Annual administration report of the Civil Veterinary Department of India - 1892-1893
Year: 1892
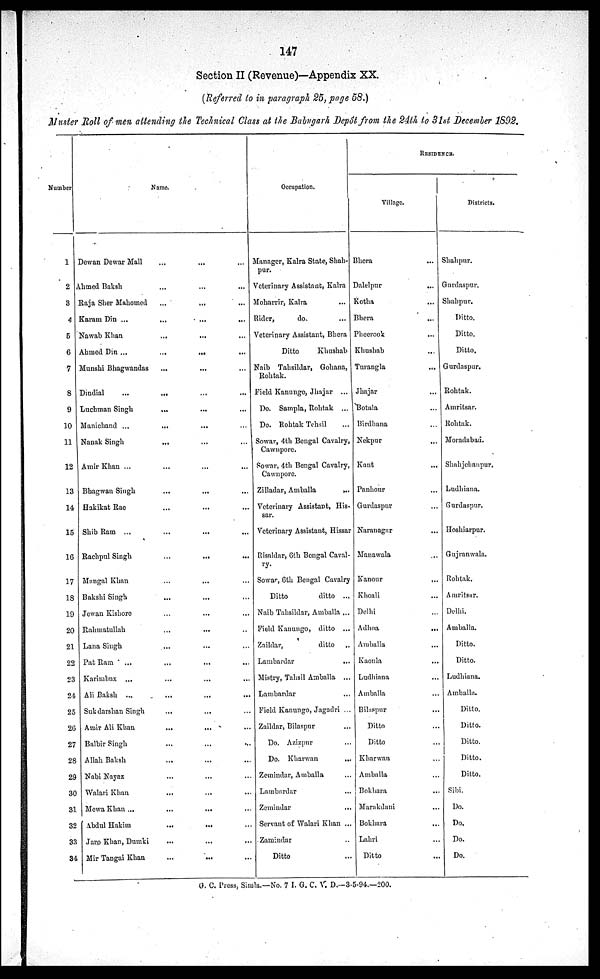
147
Section II (Revenue)—Appendix XX.
(Referred to in paragraph 25, page 58.)
Muster Roll of men attending the Technical Class at the Babugarh Depôt from the 24th to 31st December 1892.
Number
1
2
3
4
5
6
7
8
9
10
11
12
13
14
15
16
17
18
19
20
21
22
23
24
25
26
27
28
29
30
31
32
33
34
Name.
Dewan Dowar Mall … … …
Ahmed Baksh … … …
Raja Slier Mahomed … … …
Karam Din … … … ...
Nawab Khan … … …
Ahmed Din ...
...
...
Munshi Bhagwandas … … …
Dindial
...
... ... ...
Luchman Singh … … …
Manichand ... … … …
Nanak Singh … … …
Amir Khan ... … … …
Bhagwan Singh … … …
Hakikat Rae
...
... ...
Shib Ram ... … … …
Rachpul Singh
...
... ...
Mangal Khan … … …
Bakshi Singh … … …
Jewan Kishore … … …
Rahmatullah … … …
Lana Singh … … …
Pat Ram
...
...
... ...
Karimbux ... … … …
Ali Baksh ... … … …
Sukdarshan Singh … … …
Amir Ali Khan … … …
Balbir Singh … … …
Allah Baksh … … …
Nabi Nayaz … … …
Walari Khan … … …
Mewa Khan . … … …
Abdul Hakim … … …
Jaro Khan, Dumki … … …
Mir Tangai Khan … … …
Occupation.
Manager, Kalra State, Shah-
pur.
Veterinary Assistant, Kalra
Moharrir, Kalra ...
Rider,
do. ...
Veterinary Assistant, Bhera
Ditto
Khushab
Naib Tahsildar, Gohana,
Rohtak.
Field Kanungo, Jhajar
...
Do. Sampla, Rohtak ...
Do. Rohtak Tehsil ...
Sowar, 4th Bengal Cavalry,
Cawnpore.
Sowar, 4th Bengal Cavalry,
Cawnpore
Zilladar, Amballa
...
Veterinary Assistant, His-
sar.
Veterinary Assistant, Hissar
Risaldar, 6th Bengal Caval-
ry.
Sowar, 6th Bengal Cavalry
Ditto
ditto ...
Naib Tahsildar, Amballa ...
Field Kanungo, ditto ...
Zaildar,
ditto ...
Lambardar ...
Mistry, Tahsil Amballa ...
Lambardar ...
Field Kanungo, Jagadri ...
Zaildar, Bilaspur ...
Do. Azizpur ...
Do. Kharwan
...
Zemindar, Amballa ...
Lambardar ...
Zemindar ...
Servant of Walari Khan ...
Zamindar ...
Ditto ...
RESIDENCE.
Village.
Bhera …
Dalelpur ...
Kotha …
Bhera …
Pheerook …
Khushab …
Turangla ...
Jhajar …
Botala …
Birdhana …
Nekpur …
Kant …
Panhour ...
Gurdaspur …
Naranagnr …
Manawala …
Kanour
...
Khoali …
Delhi …
Adhoa
...
Amballa …
Kaonla …
Ludhiana …
Amballa …
Bilaspur
...
Ditto …
Ditto …
Kharwan …
Amballa …
Bokhara …
Marakdani …
Bokhara …
Lahri …
Ditto …
Districts.
Shahpur.
Gurdaspur.
Shahpur.
Ditto.
Ditto.
Ditto.
Gurdaspur.
Rohtak.
Amritsar.
Rohtak.
Moradabad.
Shahjehanpur.
Ludhiana.
Gurdaspur.
Hoshiarpur.
Gujranwala.
Rohtak.
Amritsar.
Delhi.
Amballa.
Ditto.
Ditto.
Ludhiana.
Amballa.
Ditto.
Ditto.
Ditto.
Ditto.
Ditto.
Sibi.
Do.
Do.
Do. …
Do …
G. C. Press, Simla.—No. 7 I. G. C. V. D.—3-5-94.—200.